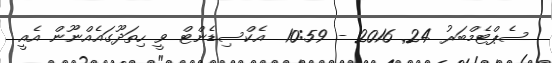
ސެޕްޓެމްބަރު 24